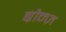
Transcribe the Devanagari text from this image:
ब्रौन्ज़